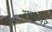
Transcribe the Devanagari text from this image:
गडावर